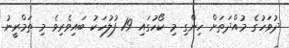
ދުވަހުގެ މުއްދަތަށް ހިންގި މި ކޯހުގައި 19 ފުލުހަކު ބައިވެރިވެ މި ތަމްރީނު